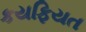
કયફિયત